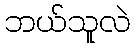
ဘယ်သူလဲ